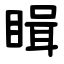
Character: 䁒